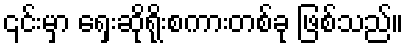
၎င်းမှာ ရှေးဆိုရိုးစကားတစ်ခု ဖြစ်သည်။